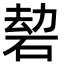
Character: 䂲